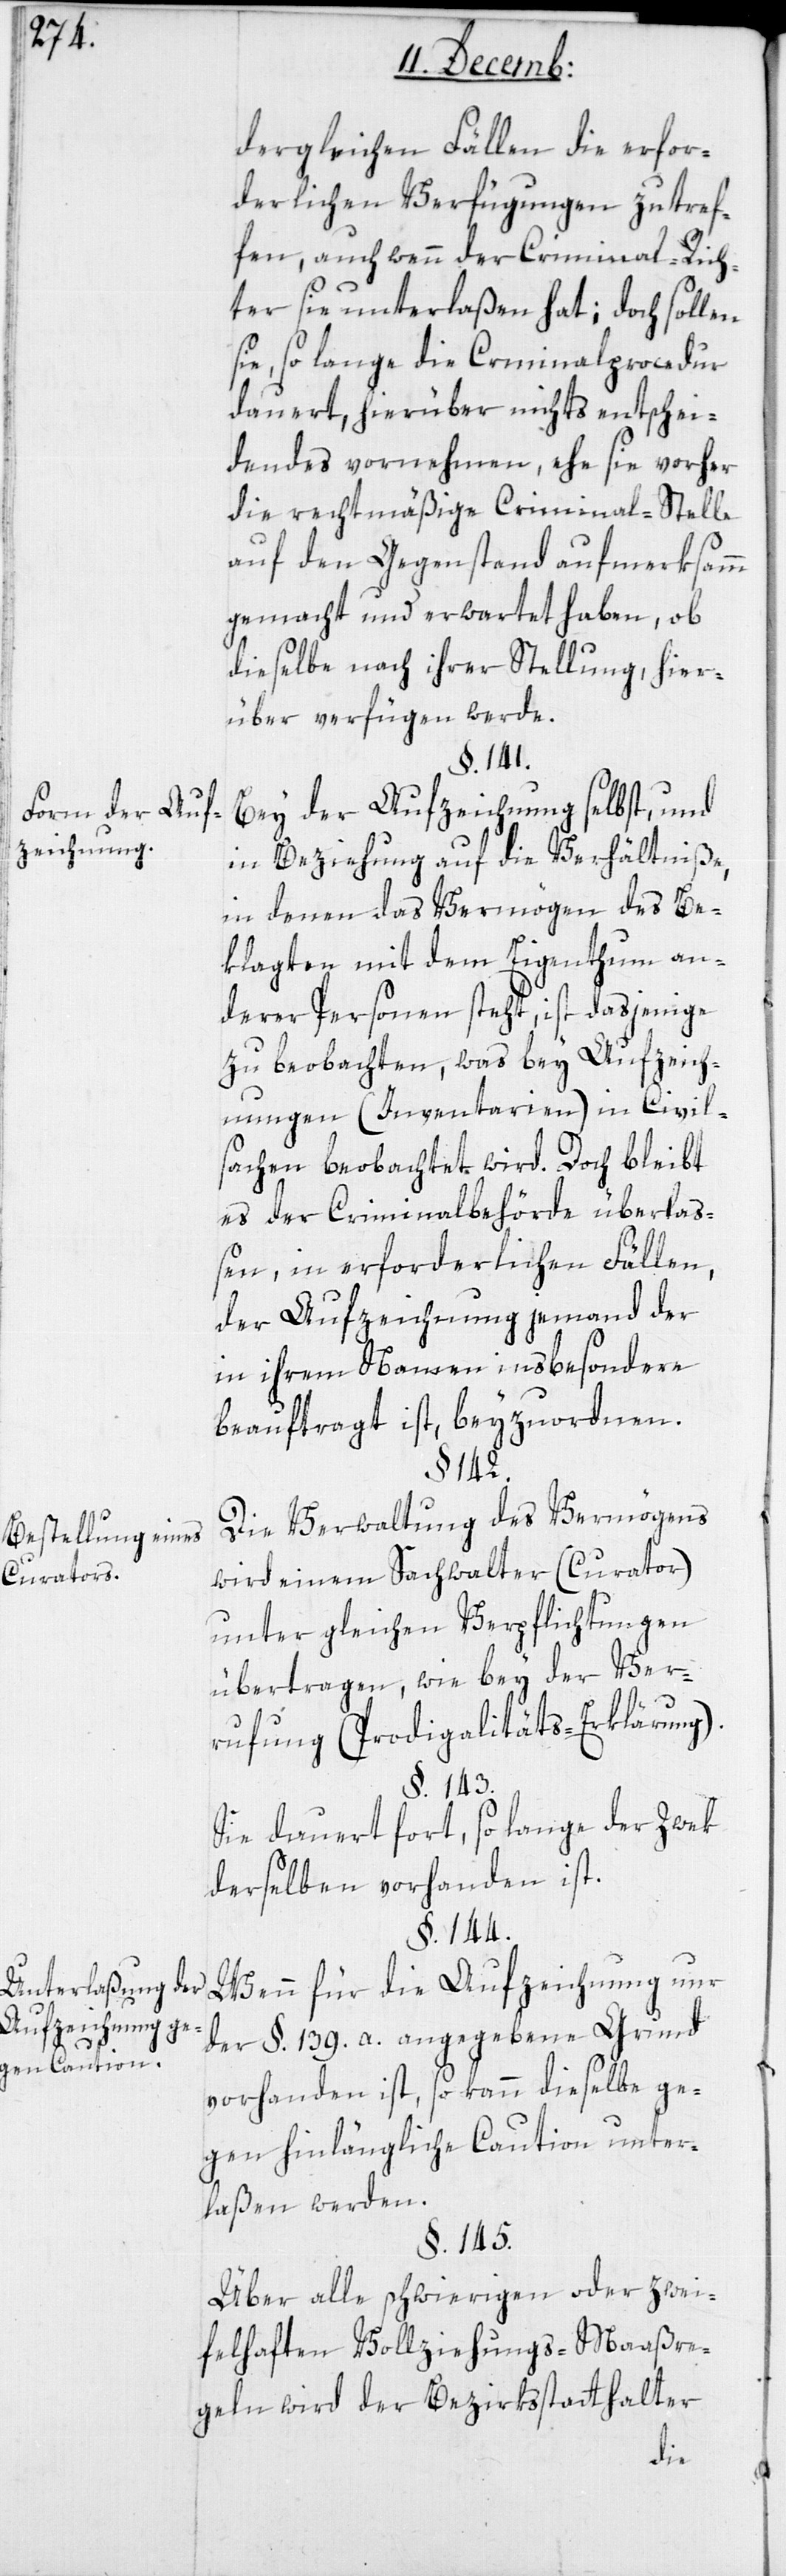
Form der Auf¬
zeichnung.
Bestellung eines
Curators
Unterlaßung der
Aufzeichnung ge¬
gen Caution.

dergleichen Fällen die erfor¬
derlichen Verfügungen zu tref¬
fen, auch wenn der Criminal-Rich¬
ter sie unterlaßen hat; doch sollen
sie, so lange die Criminalprocedur
dauert, hierüber nichts entschei¬
dendes vornehmen, ehe sie vorher
die rechtmäßige Criminal-Stelle
auf den Gegenstand aufmerksamm
gemacht und erwartet haben, ob
dieselbe nach ihrer Stellung, hier¬
über verfügen werde.
§. 141.
Bey der Aufzeichnung selbst, und
in Beziehung auf die Verhältniße,
in denen das Vermögen des Be¬
klagten mit dem Eigentum an¬
derer Personen steht, ist dasjenige
zu beobachten, was bey Aufzeich¬
nungen (Inventarien) in Civil¬
sachen beobachtet wird. Doch bleibt
es der Criminalbehörde überlaß¬
en, in erforderlichen Fällen,
der Aufzeichnung jemand der
in ihrem Namen insbesondere
beauftragt ist, beyzuordnen.
§. 142.
Die Verwaltung des Vermögens
wird einem Sachwalter (Curator)
unter gleichen Verpflichtungen
übertragen, wie bey der Ver¬
rufung (Prodigalitäts-Erklärung).
§. 143.
Sie dauert fort, so lange der Zwek
§. 144.
Wenn für die Aufzeichnung nur
der §. 139. a. angegebene Grund
vorhanden ist, so kann dieselbe ge¬
gen hinlängliche Caution unter¬
laßen werden.
§. 145.
Über alle schwierigen oder zwei¬
felhaften Vollziehungs-Maßre¬
geln wird der Bezirksstatthalter